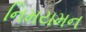
નિમયમન